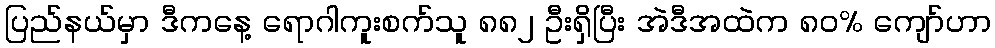
ပြည်နယ်မှာ ဒီကနေ့ ရောဂါကူးစက်သူ ၈၈၂ ဦးရှိပြီး အဲဒီအထဲက ၈၀% ကျော်ဟာ